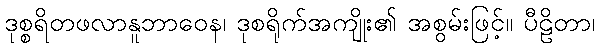
ဒုစ္စရိတဖလာနူဘာဝေန၊ ဒုစရိုက်အကျိုး၏ အစွမ်းဖြင့်။ ပီဠိတာ၊